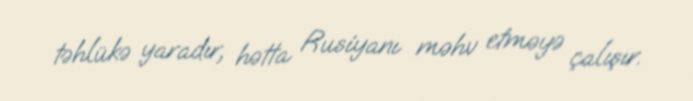
təhlükə yaradır, hətta Rusiyanı məhv etməyə çalışır.